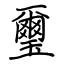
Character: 璽